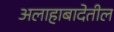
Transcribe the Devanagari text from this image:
अलाहाबादेतील